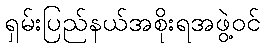
ရှမ်းပြည်နယ်အစိုးရအဖွဲ့ဝင်